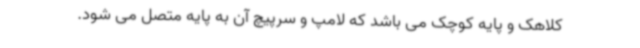
کلاهک و پایه کوچک می باشد که لامپ و سرپیچ آن به پایه متصل می شود.